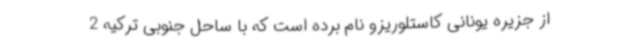
از جزیره یونانی کاستلوریزو نام برده است که با ساحل جنوبی ترکیه 2